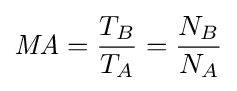
{\mathit {MA}}={\frac {T_{B}}{T_{A}}}={\frac {N_{B}}{N_{A}}}